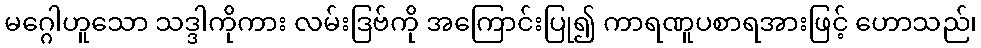
မဂ္ဂေါဟူသော သဒ္ဒါကိုကား လမ်းဒြဗ်ကို အကြောင်းပြု၍ ကာရဏူပစာရအားဖြင့် ဟောသည်၊